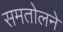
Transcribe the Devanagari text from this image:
समतोलने